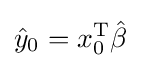
{\hat {y}}_{0}=x_{0}^{\mathrm {T} }{\hat {\beta }}